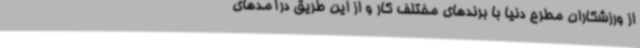
از ورزشکاران مطرح دنیا با برندهای مختلف کار و از این طریق درآمدهای